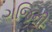
ગજિની